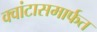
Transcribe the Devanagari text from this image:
क्वांटासमार्फत